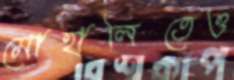
মোহালিতেও